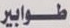
طوابير